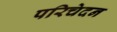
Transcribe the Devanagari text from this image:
परिचेदन